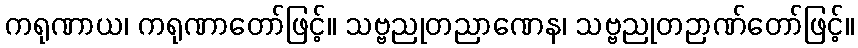
ကရုဏာယ၊ ကရုဏာတော်ဖြင့်။ သဗ္ဗညုတညာဏေန၊ သဗ္ဗညုတဉာဏ်တော်ဖြင့်။